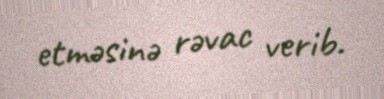
etməsinə rəvac verib.